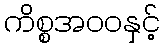
ကိစ္စအဝဝနှင့်